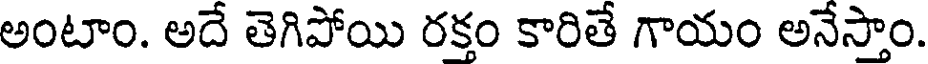
అంటాం. అదే తెగిపోయి రక్తం కారితే గాయం అనేస్తాం.